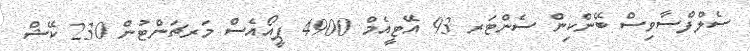
ސެލްފްސާވިސް ބޭންކިން ސެންޓަރ 93 އޭޓީއެމް 4900 ޕީއޯއެސް މަރޗަންޓުން 230 ކޭޝް